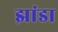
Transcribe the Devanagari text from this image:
झांडा